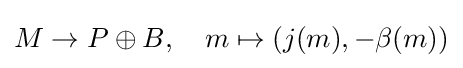
M\to P\oplus B,\quad m\mapsto (j(m),-\beta (m))